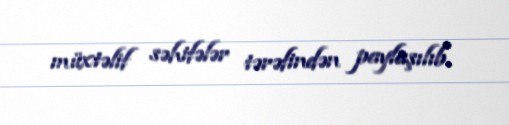
müxtəlif səhifələr tərəfindən paylaşılıb.